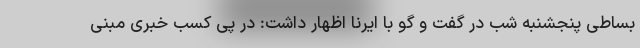
بساطی پنجشنبه شب در گفت و گو با ایرنا اظهار داشت: در پی کسب خبری مبنی